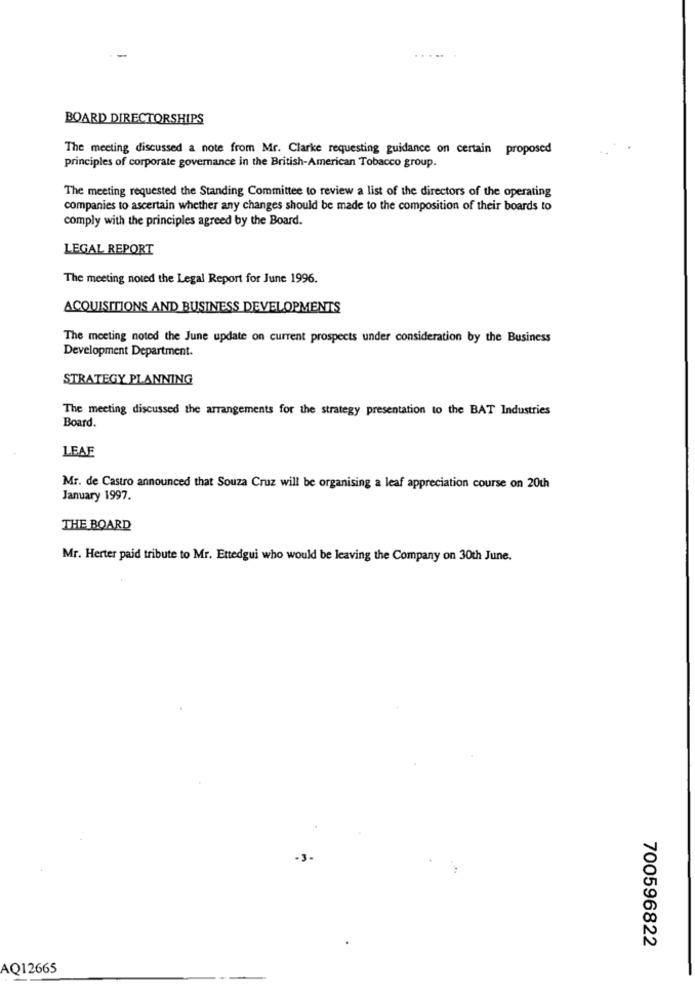
BOARD DIRECTORSHIPS
The meeting discussed a note from Mr. Clarke requesting guidance on certain proposed
principles of corporate governance in the British-American Tobacco group.
The meeting requested the Standing Committee to review a list of the directors of the operating
companies to ascertain whether any changes should be made to the composition of their boards to
comply with the principles agreed by the Board.
LEGAL REPORT
The meeting noted the Legal Report for June 1996.
ACQUISITIONS AND BUSINESS DEVELOPMENTS
The meeting noted the June update on current prospects under consideration by the Business
Development Department.
STRATEGY PLANNING
The meeting discussed the arrangements for the strategy presentation to the BAT Industries
Board.
LEAF
Mr. de Castro announced that Souza Cruz will be organising a leaf appreciation course on 20th
January 1997.
THE BOARD
Mr. Herter paid tribute to Mr. Ettedgui who would be leaving the Company on 30th June.
-3-
700596822
AQ12665